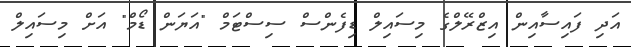
އަދި ފައިސާއިން އިޒްރޭލްގެ މިސައިލް ޑިފެންސް ސިސްޓަމް "އަޔަން ޑޯމް" އަށް މިސައިލް